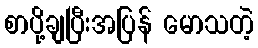
စာပို့ချပြီးအပြန် မောသတဲ့